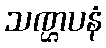
သဏ္ဌပနံ